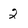
Character: 2